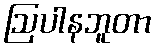
ဩပါနဘူတာ